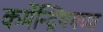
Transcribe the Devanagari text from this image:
कर्मेन्द्रियगणा